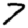
Digit: 7